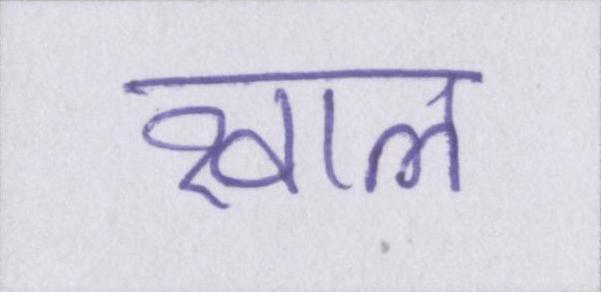
खाल